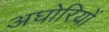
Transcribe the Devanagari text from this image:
अघोरियों